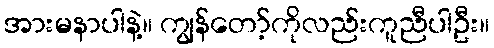
အားမနာပါနဲ့။ ကျွန်တော့်ကိုလည်းကူညီပါဦး။